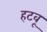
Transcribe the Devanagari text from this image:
हटवू